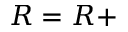
R = R +